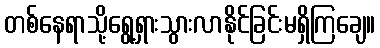
တစ်နေရာသို့ရွေ့ရှားသွားလာနိုင်ခြင်းမရှိကြချေ။